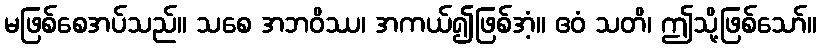
မဖြစ်စေအပ်သည်။ သစေ အဘဝိဿ၊ အကယ်၍ဖြစ်အံ့။ ဧဝံ သတိ၊ ဤသို့ဖြစ်သော်။